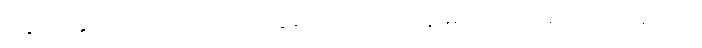
နှောင့်နှေးတတ်သည် အိုးပုတ်ပွဲတော်ကို တာဝန်မရှိဘဲ တပ်မတော်သားသည်